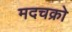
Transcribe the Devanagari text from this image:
मदचक्रो